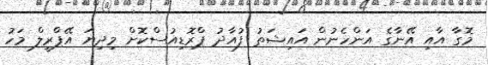
މޮގާ އާއި އޭނާގެ އަންހެނުން އައިޝަތު ފުއާދު ޕްރޮޑިއުސްކޮށް މިދިޔަ އޭޕްރީލް މަހު